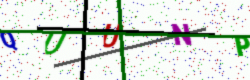
Text: QUUNP